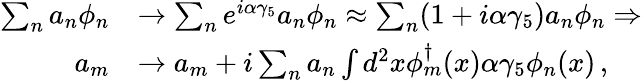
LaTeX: \begin{array}{rl}{\sum_{n}a_{n}\phi_{n}}&{\rightarrow\sum_{n}e^{i\alpha\gamma_{5}}a_{n}\phi_{n}\approx\sum_{n}(1+i\alpha\gamma_{5})a_{n}\phi_{n}\Rightarrow}\\ {a_{m}}&{\rightarrow a_{m}+i\sum_{n}a_{n}\int d^{2}x\phi_{m}^{\dagger}(x)\alpha\gamma_{5}\phi_{n}(x)\, ,}\end{array}